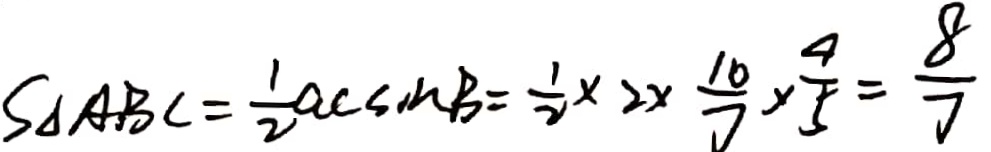
S _ { \Delta } A B C = \frac { 1 } { 2 } a c \sin B = \frac { 1 } { 2 } \times 2 \times \frac { 1 0 } { 7 } \times \frac { 4 } { 5 } = \frac { 8 } { 7 }